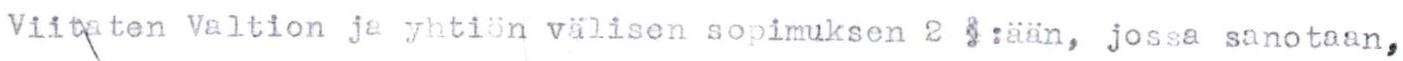
Viitaten Valtion ja yhtiön välisen sopimuksen 2 §:aan, jossa sanotaan,